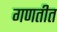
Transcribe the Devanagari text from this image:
गणतीत